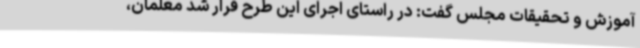
آموزش و تحقیقات مجلس گفت: در راستای اجرای این طرح قرار شد معلمان،